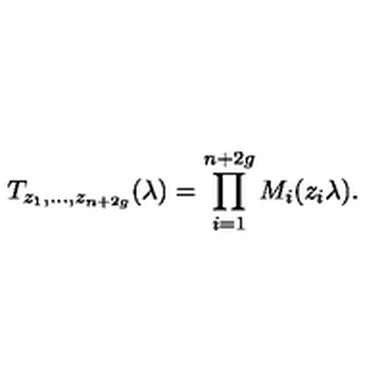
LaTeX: T _ { z _ { 1 } , \dots , z _ { n + 2 g } } ( \lambda ) = \prod _ { i = 1 } ^ { n + 2 g } { M _ { i } ( z _ { i } \lambda ) } .